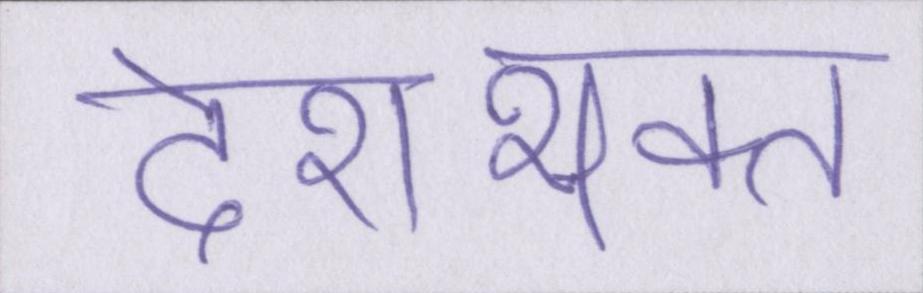
देशभक्त